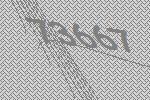
73667